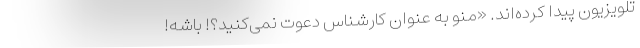
تلویزیون پیدا کرده‌اند. «منو به عنوان کارشناس دعوت نمی‌کنید؟! باشه!